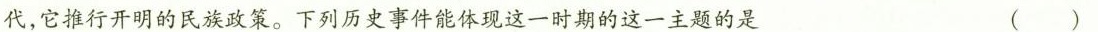
代，它推行开明的民族政策。下列历史事件能体现这一时期的这一主题的是 ( )